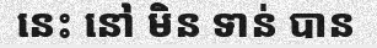
នេះ នៅ មិន ទាន់ បាន